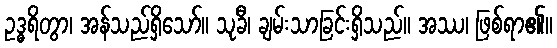
ဥဒ္ဓရိတွာ၊ အန်သည်ရှိသော်။ သုခီ၊ ချမ်းသာခြင်းရှိသည်။ အဿ၊ ဖြစ်ရာ၏။